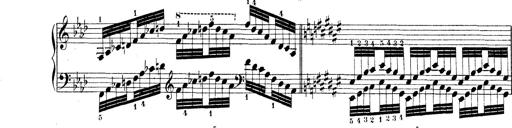
Title: Technische Studien
Composer: Franz Liszt